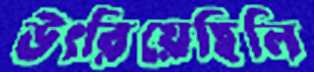
উৎরিয়েছিলি